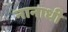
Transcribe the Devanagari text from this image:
नानाधी